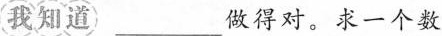
我知道 ___做得对。求一个数